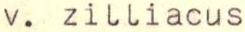
v. zilliacus